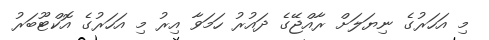
މި އަހަރުގެ ނިޔަލަށް ރާއްޖޭގެ ދައުރު ހަމަވާ އިރު މި އަހަރުގެ އޮކްޓޫބަރު